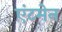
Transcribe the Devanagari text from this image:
एंटमेन